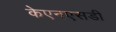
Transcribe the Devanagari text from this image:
केएनएसडी